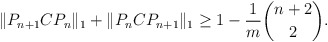
\begin{align*} \|P_{n+1}CP_n\|_1 + \|P_nCP_{n+1}\|_1 \geq 1 - \frac{1}{m} \binom{n+2}{2}.\end{align*}